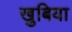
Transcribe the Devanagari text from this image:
खुबिया